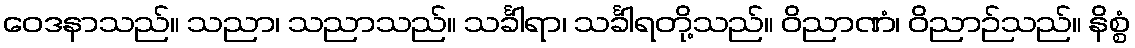
ဝေဒနာသည်။ သညာ၊ သညာသည်။ သင်္ခါရာ၊ သင်္ခါရတို့သည်။ ဝိညာဏံ၊ ဝိညာဉ်သည်။ နိစ္စံ